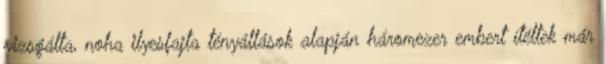
vizsgálta, noha ilyesfajta tényállások alapján háromezer embert ítéltek már